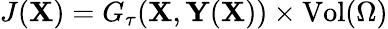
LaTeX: J(\mathbf{X})=G_{\tau}(\mathbf{X},\mathbf{Y}(\mathbf{X}))\times\mathrm{Vol}(\Omega)